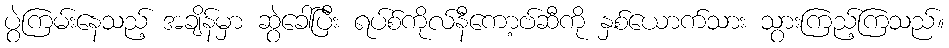
ပွဲကြမ်းနေသည့် အချိန်မှာ ဆွဲခေါ်ပြီး ရပ်စ်ကိုလ်နီကော့ဗ်ဆီကို နှစ်ယောက်သား သွားကြည့်ကြသည်။